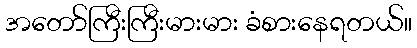
အတော်ကြီးကြီးမားမား ခံစားနေရတယ်။